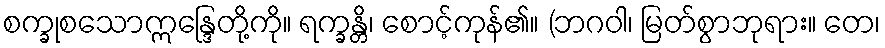
စက္ခုစသောဣန္ဒြေတို့ကို။ ရက္ခန္တိ၊ စောင့်ကုန်၏။ (ဘဂဝါ၊ မြတ်စွာဘုရား။ တေ၊